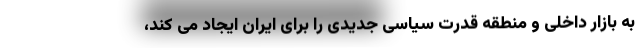
به بازار داخلی و منطقه قدرت سیاسی جدیدی را برای ایران ایجاد می کند،